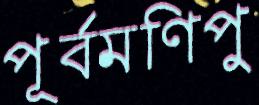
পূর্বমণিপু